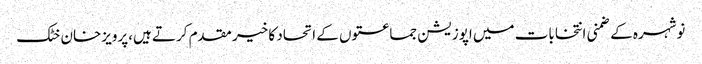
نوشہرہ کے ضمنی انتخابات میں اپوزیشن جماعتوں کے اتحاد کا خیر مقدم کرتے ہیں،پرویزخان خٹک